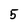
Character: 5